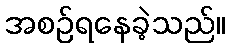
အစဉ်ရနေခဲ့သည်။